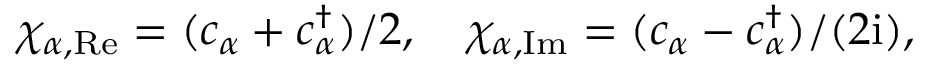
\chi _ { \alpha , { \mathrm { R e } } } = ( c _ { \alpha } + c _ { \alpha } ^ { \dagger } ) / 2 , \quad \chi _ { \alpha , { \mathrm { I m } } } = ( c _ { \alpha } - c _ { \alpha } ^ { \dagger } ) / ( 2 \mathrm { i } ) ,